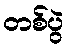
တစ်ပွဲ